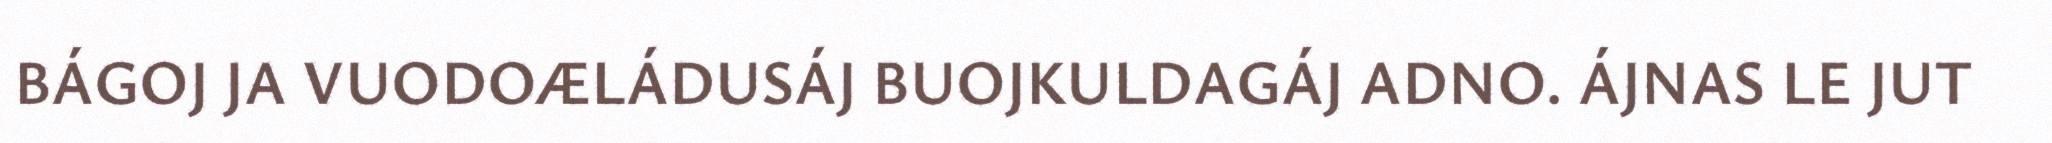
BÁGOJ JA VUODOÆLÁDUSÁJ BUOJKULDAGÁJ ADNO. ÁJNAS LE JUT